65_HS1-834228961_62-HQ-83894_SUB_A
Agency: FBI
Page 23
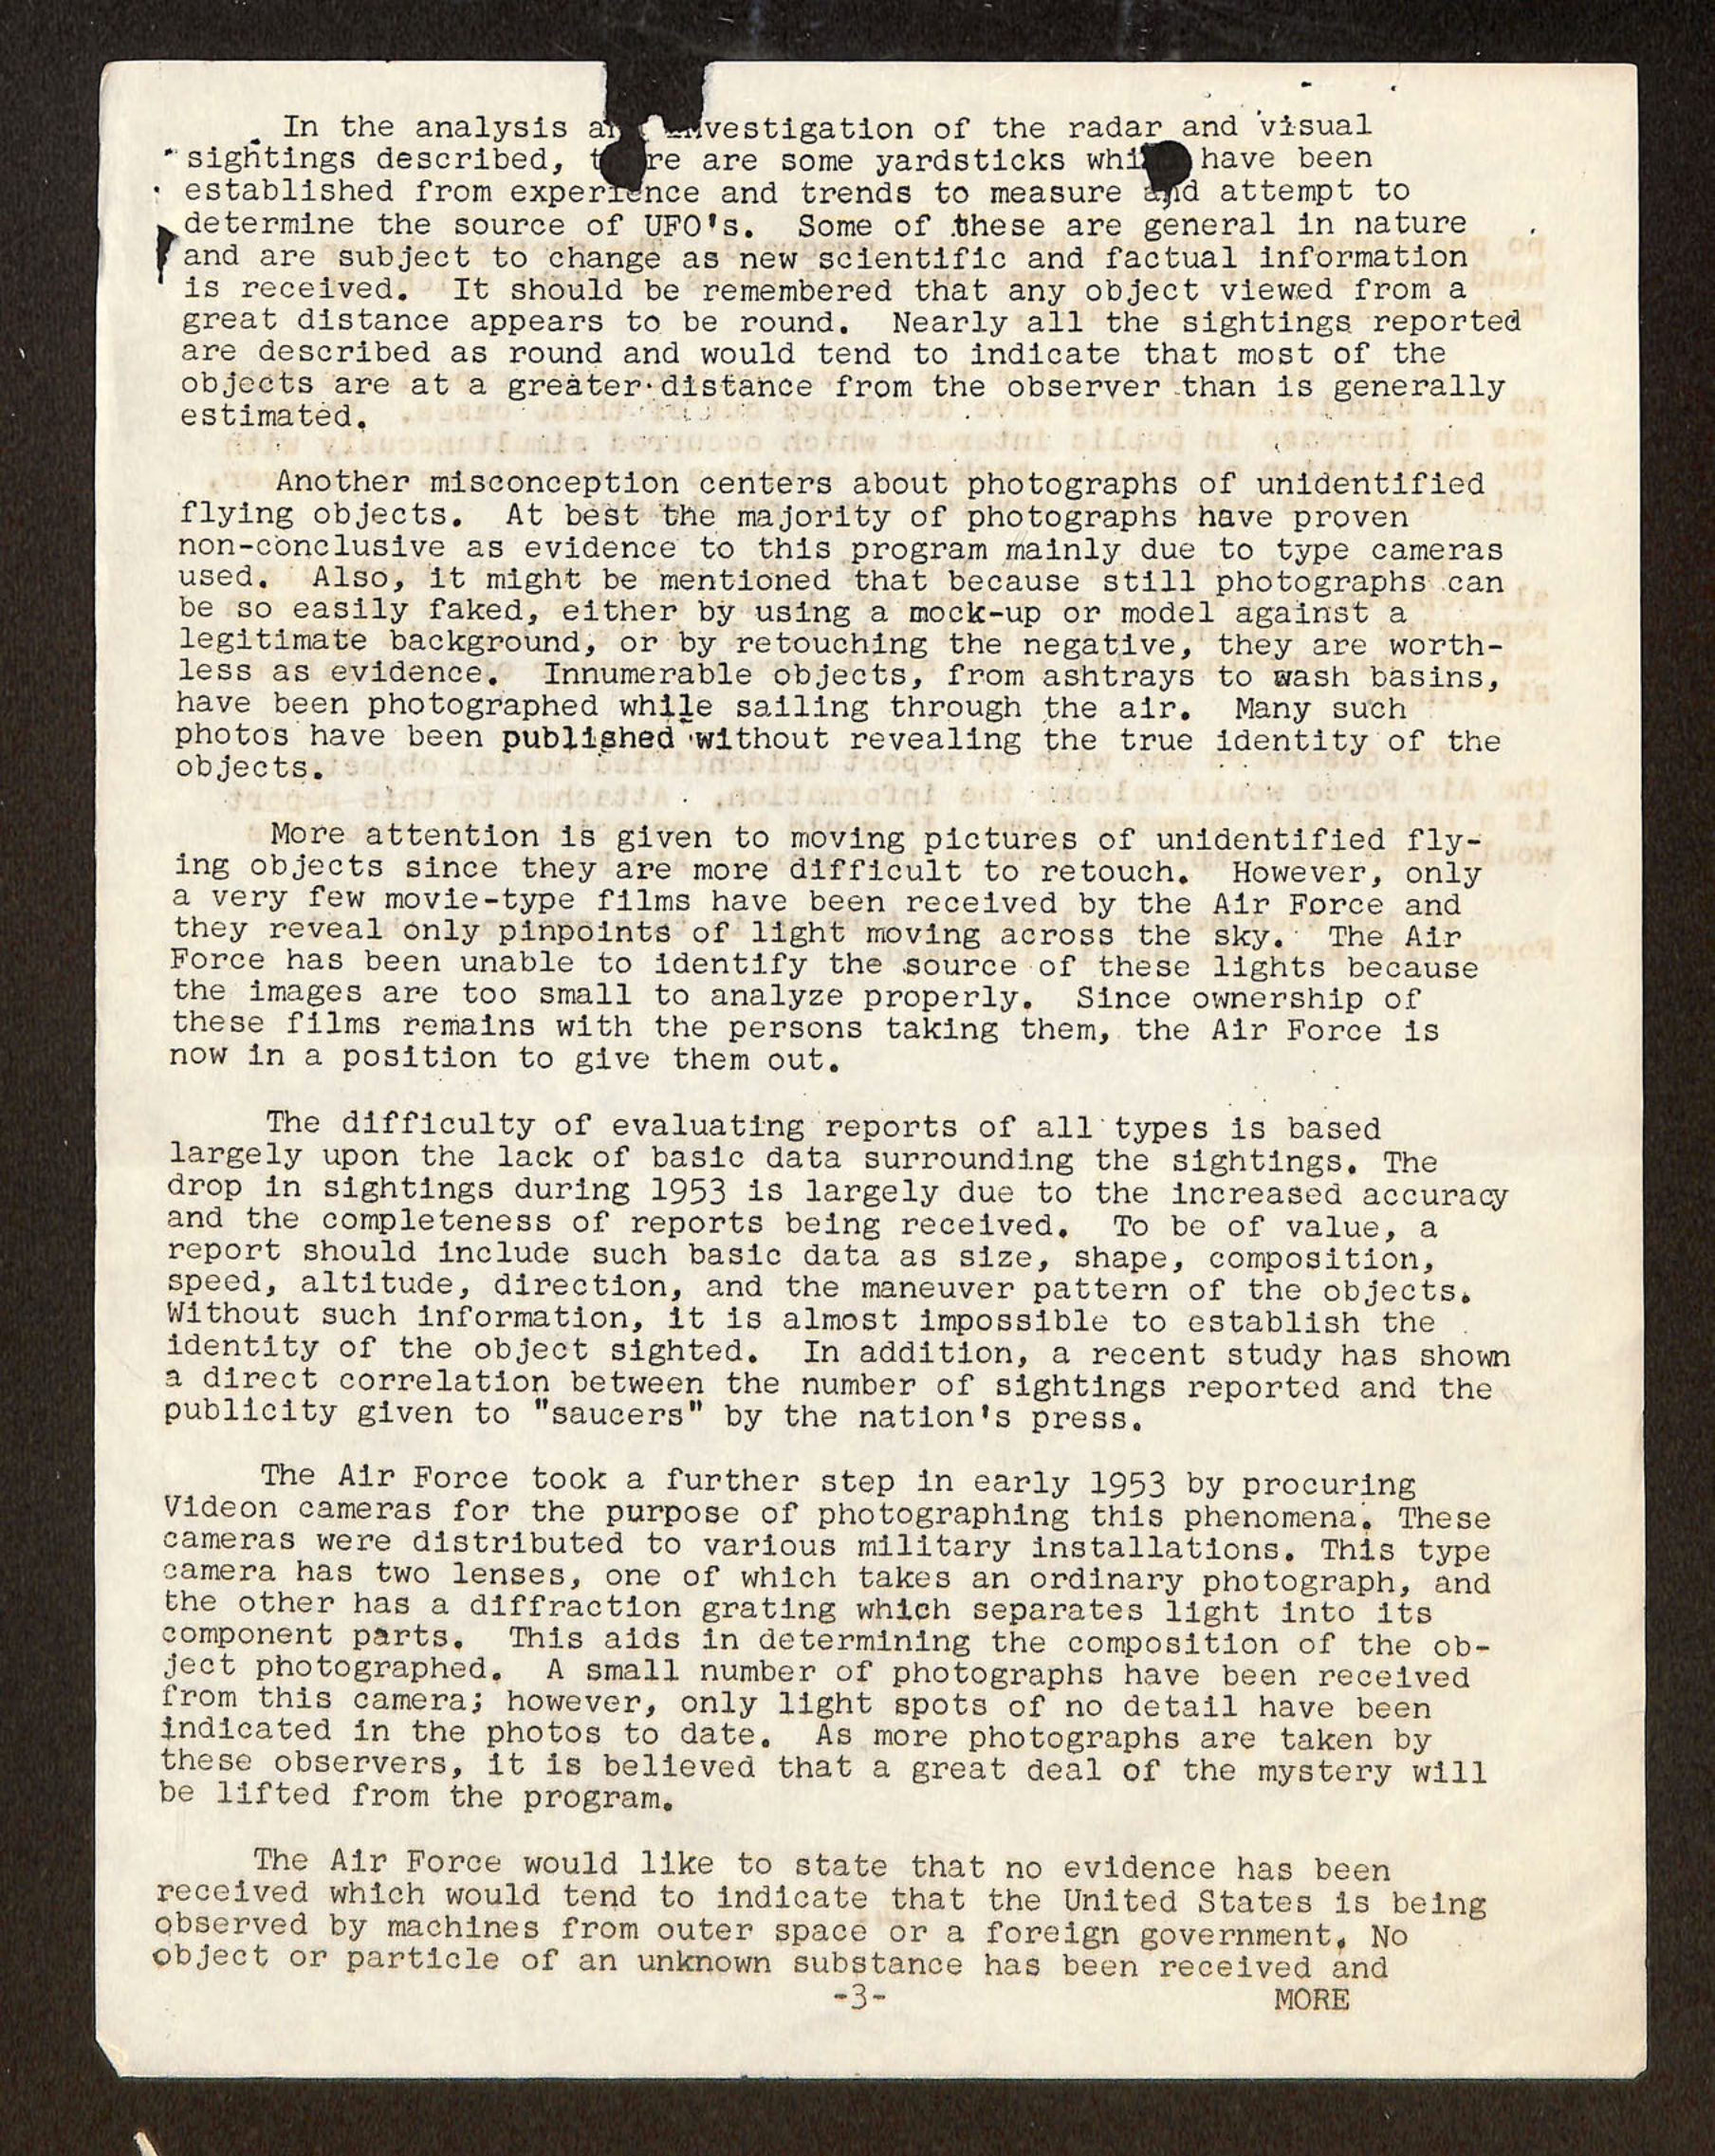